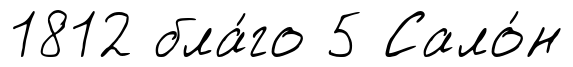
1812 бла́го 5 Сало́н